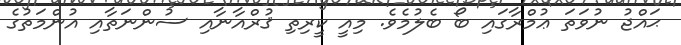
ޙައްޖު ނުވަތަ ޢުމްރާގައި ބޯ ބެލުމެވެ. މިއީ ކީރިތި ޤުރްއާނާއި ސުންނަތާއި އުންމަތުގެ